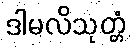
ဒါမလိသုတ္တံ